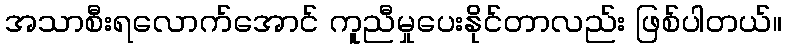
အသာစီးရလောက်အောင် ကူညီမှုပေးနိုင်တာလည်း ဖြစ်ပါတယ်။